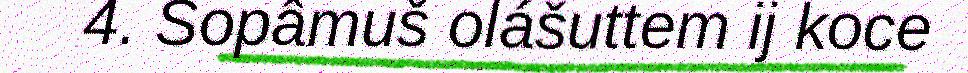
4. Sopâmuš olášuttem ij koce